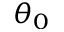
\theta _ { 0 }